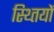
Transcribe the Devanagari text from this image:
स्थ्तियों